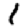
Digit: 1